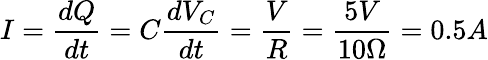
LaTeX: I=\frac{dQ}{dt}=C\frac{dV_{C}}{dt}=\frac{V}{R}=\frac{5V}{10\Omega}=0.5A